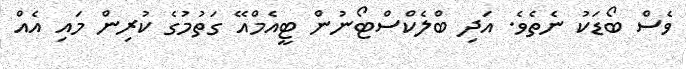
ވެސް ބޯޑަކު ނެތެވެ. އަދި ބްލެކްސްޓޯނުން ޓީއެމްއޭ ގަތުމުގެ ކުރިން މައި އެއް